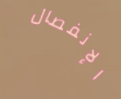
الإنفصال